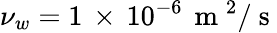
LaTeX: \nu_{w}=1\, \times\, 10^{-6}\, \mathrm{~m~}^{2}/\mathrm{~s~}